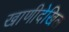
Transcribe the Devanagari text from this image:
खाणीदेखिल